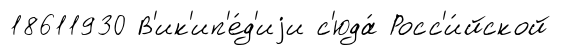
18611930 В'ик'ип'е́д'иjи с'юда́ Росс'и́йской